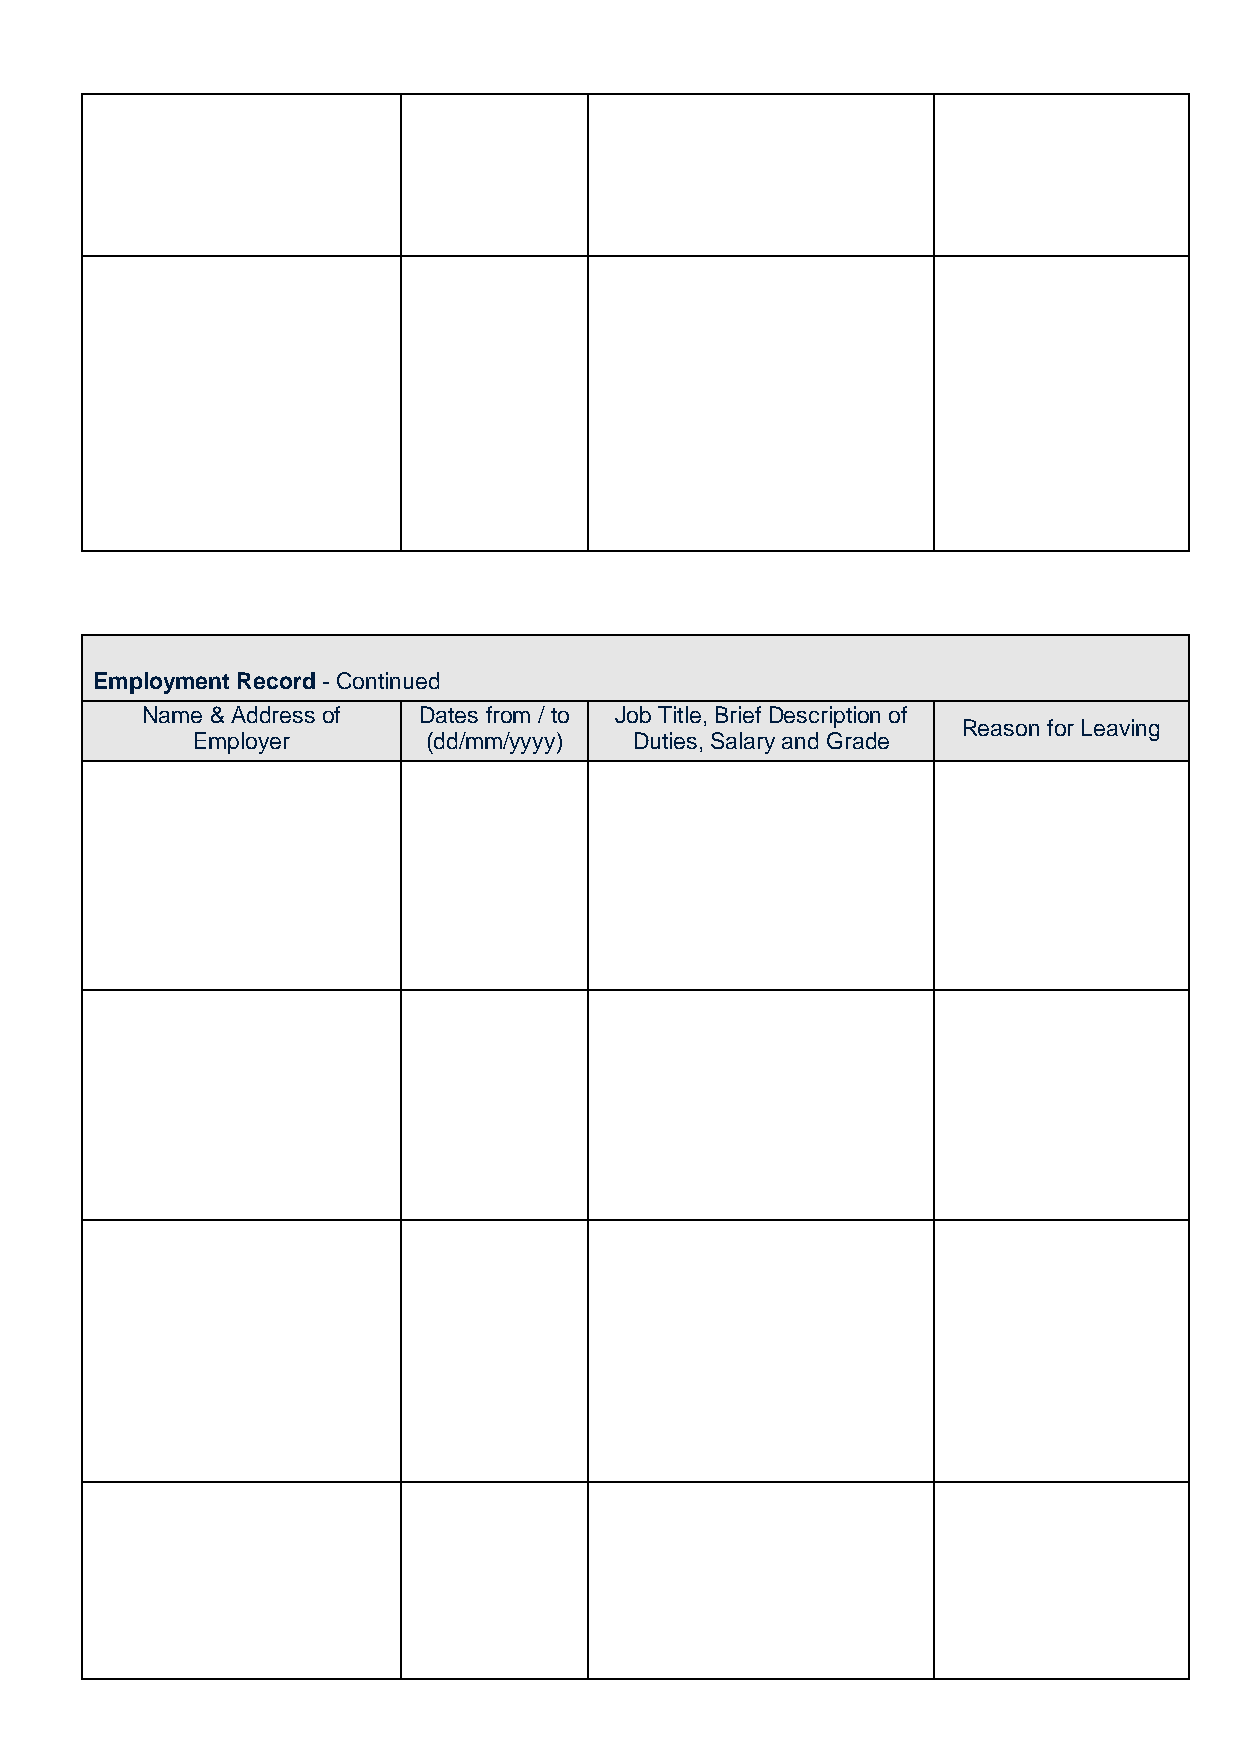
Employment Record - Continued
 Name & Address of  Dates from / to Job Title, Brief Description of
 Reason for Leaving
 Employer       (dd/mm/yyyy)  Duties, Salary and Grade